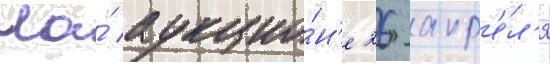
На́ аукцио́н'е 26 апр'е́л'я